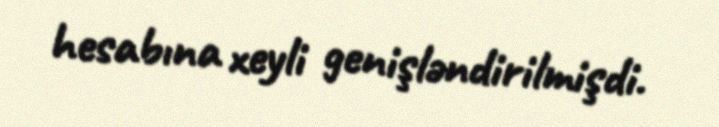
hesabına xeyli genişləndirilmişdi.